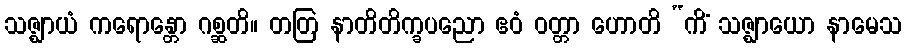
သဇ္ဈာယံ ကရောန္တော ဂစ္ဆတိ။ တတြ နာတိတိက္ခပညော ဧဝံ ဝတ္တာ ဟောတိ “ကိံ သဇ္ဈာယော နာမေသ